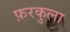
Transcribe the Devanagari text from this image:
फ़रकुला